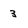
Character: 3